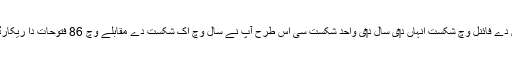
فرنچ اوپن دے فائنل وچ شکست انہاں د‏‏ی سال د‏‏ی واحد شکست سی اس طرح آپ نے سال وچ اک شکست دے مقابلے وچ 86 فتوحات دا ریکارڈ قائم کیتا۔